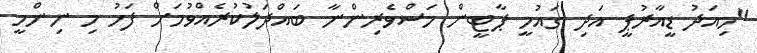
"މިއަދު ޑީއާރުޕީ އަދި ގައުމީ ޕާޓީން މަސްވެރިންނާ ބައްދަލުކުރެއްވުމަށް ފަހު މި ނިންމީ